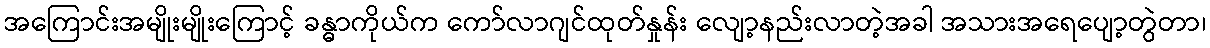
အကြောင်းအမျိုးမျိုးကြောင့် ခန္ဓာကိုယ်က ကော်လာဂျင်ထုတ်နှုန်း လျော့နည်းလာတဲ့အခါ အသားအရေပျော့တွဲတာ၊